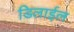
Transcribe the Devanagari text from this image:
डिलाईल